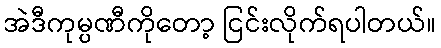
အဲဒီကုမ္ပဏီကိုတော့ ငြင်းလိုက်ရပါတယ်။